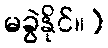
မခွဲနိုင်။)